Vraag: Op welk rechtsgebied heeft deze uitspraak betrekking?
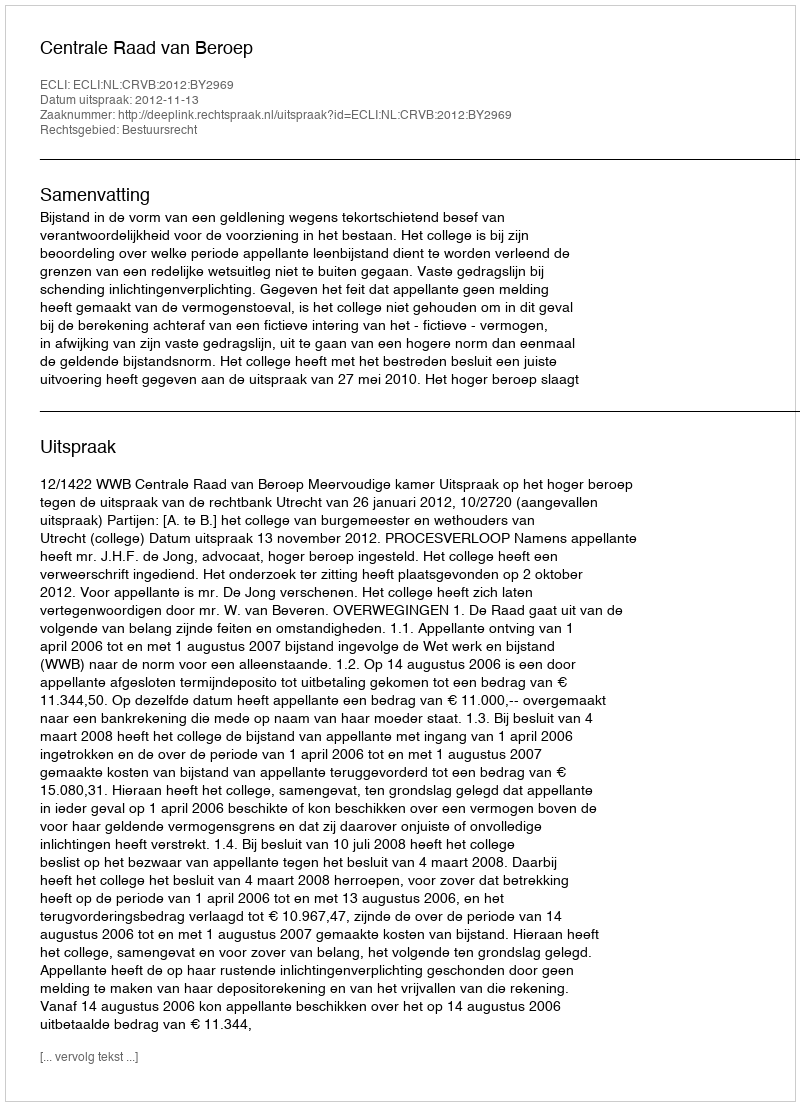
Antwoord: Bestuursrecht